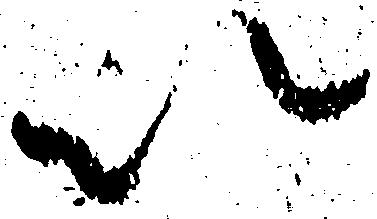
以